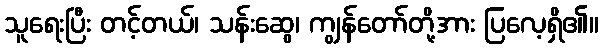
သူရေးပြီး တင့်တယ်၊ သန်းဆွေ၊ ကျွန်တော်တို့အား ပြလေ့ရှိ၏။